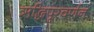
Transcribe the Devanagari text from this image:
ऋद्धिपूरवर्णन